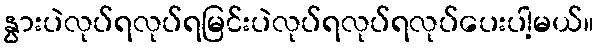
နွားပဲလုပ်ရလုပ်ရမြင်းပဲလုပ်ရလုပ်ရလုပ်ပေးပါ့မယ်။